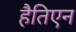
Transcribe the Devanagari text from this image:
हैतिएन